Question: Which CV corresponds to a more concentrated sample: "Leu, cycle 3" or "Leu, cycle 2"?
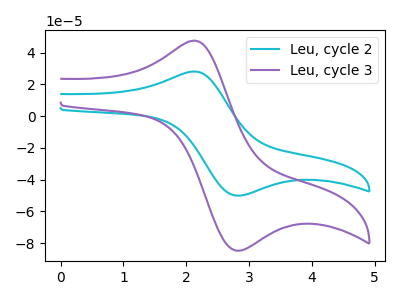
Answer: <think>The cyan curve "Leu, cycle 2" has an anodic peak at (2.10V, 28.05uA) and a cathodic peak at (2.85V, -50.10uA). The purple curve "Leu, cycle 3" has an anodic peak at (2.10V, 47.45uA) and a cathodic peak at (2.85V, -84.75uA).
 All the peaks in "Leu, cycle 3" have a peak in "Leu, cycle 2" at the same potential. Every peak in "Leu, cycle 3" is higher than every peak in "Leu, cycle 2".</think>
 <answer>"Leu, cycle 3" has more signal than "Leu, cycle 2" and so likely has a higher concentration.</answer>
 <eval>more_concentration</eval>